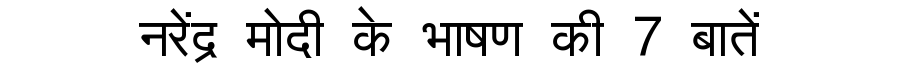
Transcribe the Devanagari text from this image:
नरेंद्र मोदी के भाषण की 7 बातें